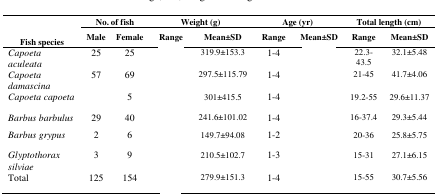
<table><thead><tr><td rowspan="3"><b>Fish species</b></td><td colspan="2"><b>No. of fish</b></td><td colspan="2"><b>Weight (g)</b></td><td colspan="2"><b>Age (yr)</b></td><td colspan="2"><b>Total length (cm)</b></td></tr><tr><td><b>Male</b></td><td><b>Female</b></td><td><b>Range</b></td><td><b>Mean±SD</b></td><td><b>Range</b></td><td><b>Mean±SD</b></td><td><b>Range</b></td><td><b>Mean±SD</b></td></tr></thead><tbody><tr><td><i>Capoeta aculeata</i></td><td>25</td><td>25</td><td>[EMPTY_CELL]</td><td>319.9±153.3</td><td>1-4</td><td>[EMPTY_CELL]</td><td>22.3-43.5</td><td>32.1±5.48</td></tr><tr><td><i>Capoeta damascina</i></td><td>57</td><td>69</td><td>[EMPTY_CELL]</td><td>297.5±115.79</td><td>1-4</td><td>[EMPTY_CELL]</td><td>21-45</td><td>41.7±4.06</td></tr><tr><td><i>Capoeta capoeta</i></td><td>[EMPTY_CELL]</td><td>5</td><td>[EMPTY_CELL]</td><td>301±415.5</td><td>1-4</td><td>[EMPTY_CELL]</td><td>19.2-55</td><td>29.6±11.37</td></tr><tr><td><i>Barbus barbulus</i></td><td>29</td><td>40</td><td>[EMPTY_CELL]</td><td>241.6±101.02</td><td>1-4</td><td>[EMPTY_CELL]</td><td>16-37.4</td><td>29.3±5.44</td></tr><tr><td><i>Barbus grypus</i></td><td>2</td><td>6</td><td>[EMPTY_CELL]</td><td>149.7±94.08</td><td>1-2</td><td>[EMPTY_CELL]</td><td>20-36</td><td>25.8±5.75</td></tr><tr><td><i>Glyptothorax silviae</i></td><td>3</td><td>9</td><td>[EMPTY_CELL]</td><td>210.5±102.7</td><td>1-3</td><td>[EMPTY_CELL]</td><td>15-31</td><td>27.1±6.15</td></tr><tr><td>Total</td><td>125</td><td>154</td><td>[EMPTY_CELL]</td><td>279.9±151.3</td><td>1-4</td><td>[EMPTY_CELL]</td><td>15-55</td><td>30.7±5.56</td></tr></tbody></table>